Medical and sanitary report of the native army of Bengal for the year
Year: 1878
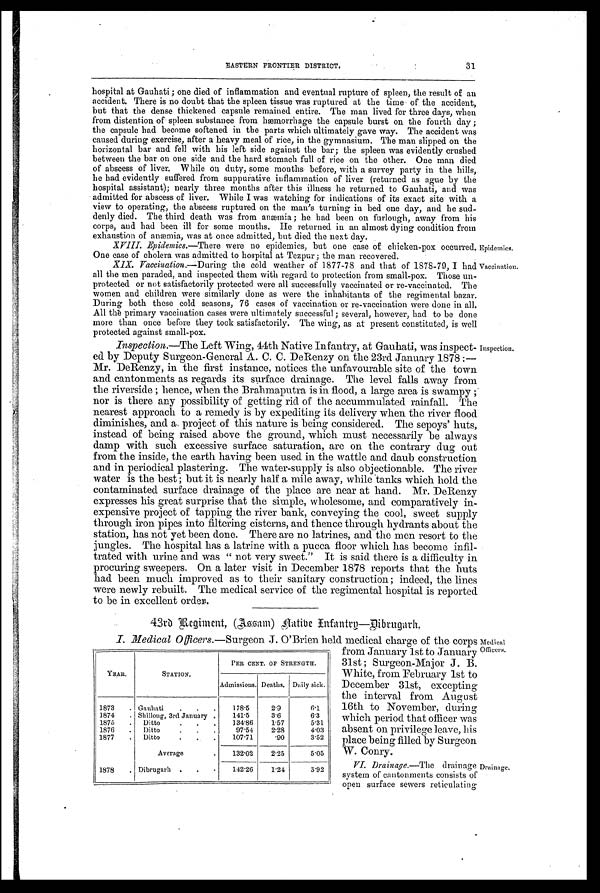
EASTERN FRONTIER DISTRICT.
31
hospital at Gauhati ; one died of inflammation and eventual rupture of spleen, the result of an
accident. There is no doubt that the spleen tissue was ruptured at the time of the accident,
but that the dense thickened capsule remained entire. The man lived for three days, when
from distention of spleen substance from hæmorrhage the capsule burst on the fourth day ;
the capsule had become softened in the parts which ultimately gave way. The accident was
caused during exercise, after a heavy meal of rice, in the gymnasium. The man slipped on the
horizontal bar and fell with his left side against the bar; the spleen was evidently crushed
between the bar on one side and the hard stomach full of rice on the other. One man died
of abscess of liver. While on duty, some months before, with a survey party in the hills,
he had evidently suffered from suppurative inflammation of liver (returned as ague by the
hospital assistant); nearly three months after this illness he returned to Gauhati, and was
admitted for abscess of liver. While I was watching for indications of its exact site with a
view to operating, the abscess ruptured on the man's turning in bed one day, and he sud-
denly died. The third death was from anæmia ; he had been on furlough, away from his
corps, and had been ill for some months. He returned in an almost dying condition from
exhaustion of anæmia, was at once admitted, but died the next day.
Epidemics.
X VIII. Epidemics.—There were no epidemics, but one case of chicken-pox occurred.
One case of cholera was admitted to hospital at Tezpur; the man recovered.
Vaccination.
XIX. Vaccination. —During the cold weather of 1877-78 and that of 1878-79, I had
all the men paraded, and inspected them with regard to protection from small-pox. Those un-
protected or not satisfactorily protected were all successfully vaccinated or re-vaccinated. The
women and children were similarly done as were the inhabitants of the regimental bazar.
During both these cold seasons, 76 cases of vaccination or re-vaccination were done in all.
All the primary vaccination cases were ultimately successful ; several, however, had to be done
more than once before they took satisfactorily. The wing, as at present constituted, is well
protected against small-pox.
Inspection.
Inspection.—The Left Wing, 44th Native Infantry, at Gauhati, was inspect-
ed by Deputy Surgeon-General A. C. C. DeRenzy on the 23rd January 1878 :—
Mr. DeRenzy, in the first instance, notices the unfavourable site of the town
and cantonments as regards its surface drainage. The level falls away from
the riverside ; hence, when the Brahmaputra is in flood, a large area is swampy
nor is there any possibility of getting rid of the accummulated rainfall. The
nearest approach to a remedy is by expediting its delivery when the river flood
diminishes, and a project of this nature is being considered. The sepoys' huts,
instead of being raised above the ground, which must necessarily be always
damp with such excessive surface saturation, are on the contrary dug out
from the inside, the earth having been used in the wattle and daub construction
and in periodical plastering. The water-supply is also objectionable. The river
water is the best ; but it is nearly half a mile away, while tanks which hold the
contaminated surface drainage of the place are near at hand. Mr. DeRenzy
expresses his great surprise that the simple, wholesome, and comparatively in-
expensive project of tapping the river bank, conveying the cool, sweet supply
through iron pipes into filtering cisterns, and thence through hydrants about the
station, has not yet been done. There are no latrines, and the men resort to the
jungles. The hospital has a latrine with a pucca floor which has become infil-
trated with urine and was " not very sweet." It is said there is a difficulty in
procuring sweepers. On a later visit in December 1878 reports that the huts
had been much improved as to their sanitary construction ; indeed, the lines
were newly rebuilt. The medical service of the regimental hospital is reported
to be in excellent order.
43rd Regiment, (Assam) Native Infantry—Dibrugarh.
me
dical
Officers
I. Medical Officers. —Surgeon J. O'Brien held medical charge of the corps
from January 1st to January
31st ; Surgeon-Major J. B.
White, from February 1st to
December 31st, excepting
the interval from August
16th to November, during
which period that officer was
absent on privilege leave, his
place being filled by Surgeon
W. Conry.
Drainage.
VI. Drainage.—The drainage
system of cantonments consists of
open surface sewers reticulating
YEAR.
STATION.
PER CENT. OF STRENGTH.
Admissions. Deaths. Daily sick.
1873
. Gauhati
.
.
.
178.5
2.9
6.1
1874
. Shillong, 3rd January ,
141.5
3.6
6.3
1875
.
Ditto
134.86
1.57
5.31
1876
.
Ditto
97.54
2.28
4.03
1877
. Ditto
•
•
•
107.71
.90
3.52
Average
.
132.02
2.25
5.05
1878
. Dibrugarh •
.
•
142.26
1.24
3.92